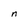
Character: n